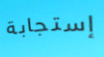
إستجابة